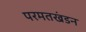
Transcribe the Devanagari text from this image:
परमतखंडन